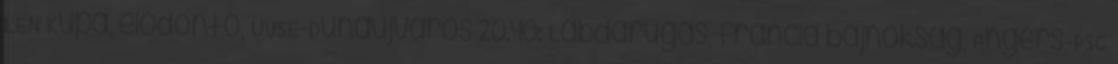
LEN Kupa, elődöntő, UVSE-Dunaújváros 20.40: Labdarúgás, francia bajnokság, Angers-PSG